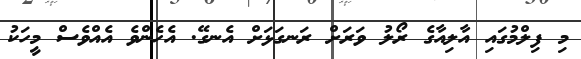
މި ފިލްމުގައި އާލިއާގެ ރޯލު ވަރަށް ރަނގަޅަށް އެނގޭ. އެހެންވެ އެއްވެސް މީހަކު